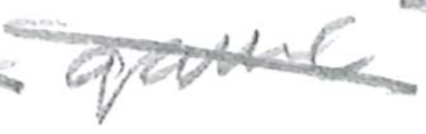
Text: game
Cross-out: diagonal
Writing tool: pencil